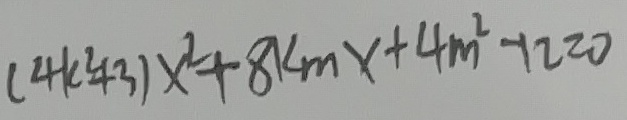
( 4 k ^ { 2 } + 3 ) x ^ { 2 } + 8 k m x + 4 m ^ { 2 } - 1 2 = 0